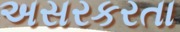
અસરકરતા